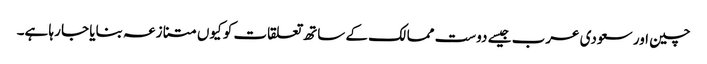
چین اور سعودی عرب جیسے دوست ممالک کے ساتھ تعلقات کو کیوں متنازعہ بنایا جا رہا ہے۔